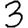
Digit: 3